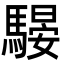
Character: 騴